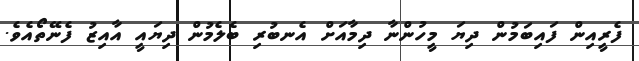
ފެރީއިން ފައިބަމުން ދިޔަ މީހުންނާ ދިމާއަށް އެނބުރި ބެލެމުން ދިޔައީ އާއިޒު ފެނޭތޯއެވެ.